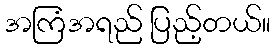
အကြံအရည် ပြည့်တယ်။